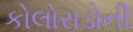
કોલોરાડોની